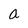
Character: a